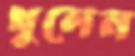
খুলেন